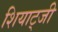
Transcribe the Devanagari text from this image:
शियाट्जी